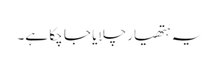
یہ ہتھیار چلایا جا چکا ہے۔